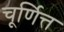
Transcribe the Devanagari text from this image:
चूर्णित्त